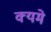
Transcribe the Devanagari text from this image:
क्यमे